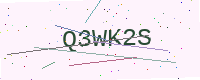
Text: Q3WK2S